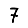
Digit: 7